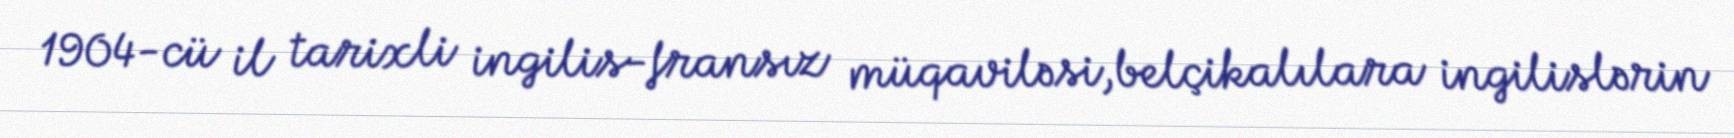
1904-cü il tarixli ingilis-fransız müqaviləsi,belçikalılara ingilislərin